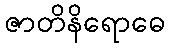
ဇာတိနိရောဓေ